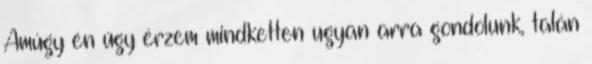
Amúgy én úgy érzem mindketten ugyan arra gondolunk, talán